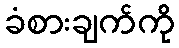
ခံစားချက်ကို